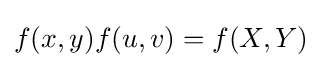
f(x,y)f(u,v)=f(X,Y)